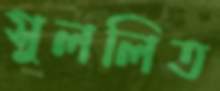
সুললিত